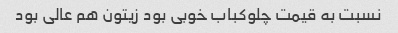
نسبت به قیمت چلوکباب خوبی بود زیتون هم عالی بود